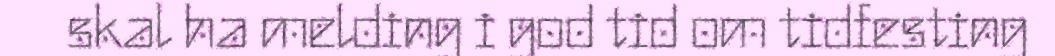
skal ha melding i god tid om tidfesting